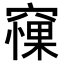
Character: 𥧵